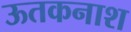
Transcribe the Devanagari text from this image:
ऊतकनाश